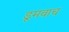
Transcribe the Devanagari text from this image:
डूमवाच